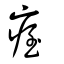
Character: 痓